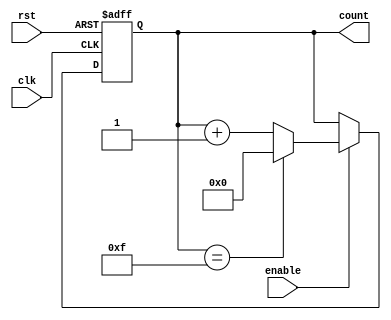
module Ring_Counter_with_Enable (
    input wire clk,           // Clock input
    input wire rst,           // Reset input
    input wire enable,        // Enable input
    output reg [3:0] count    // Ring counter output
);

reg [3:0] next_count;

always @(posedge clk or posedge rst) begin
    if (rst) begin
        count <= 4'b0000;   // Reset to specific state when disabled
    end else if (enable) begin
        count <= next_count;    // Advance through the states in fixed sequence when enabled
    end
end

always @* begin
    next_count = count + 1;    // Increment count by 1
    if (count == 4'b1111) begin
        next_count = 4'b0000;  // Reset count when reaching maximum state
    end
end

endmodule